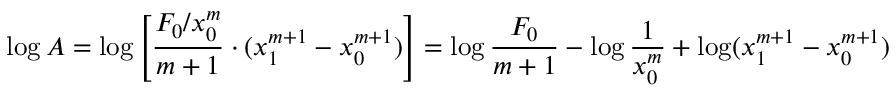
\log A = \log \left[ { \frac { F _ { 0 } / x _ { 0 } ^ { m } } { m + 1 } } \cdot ( x _ { 1 } ^ { m + 1 } - x _ { 0 } ^ { m + 1 } ) \right] = \log { \frac { F _ { 0 } } { m + 1 } } - \log { \frac { 1 } { x _ { 0 } ^ { m } } } + \log ( x _ { 1 } ^ { m + 1 } - x _ { 0 } ^ { m + 1 } )